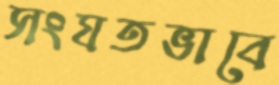
সংযতভাবে